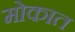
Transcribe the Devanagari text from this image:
मोकात